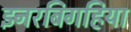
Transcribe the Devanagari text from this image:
इनरबिगहिया